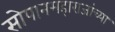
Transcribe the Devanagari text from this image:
सोपानमहाराजांच्या